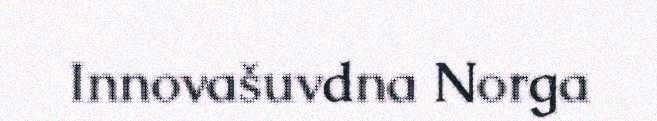
Innovašuvdna Norga